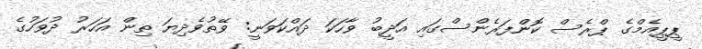
ޕީޕީއެމްގެ ޕްރެސް ކޮންފަރެންސްގައި އަދީބު ވާހަކަ ދައްކަވަނީ: ވޭތުވެދިޔަ ތިން އަހަރު ދުވަހުގެ